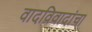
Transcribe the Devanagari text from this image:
वादविवादांचा